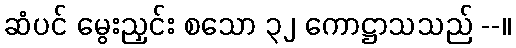
ဆံပင် မွေးညှင်း စသော ၃၂ ကောဋ္ဌာသသည် --။